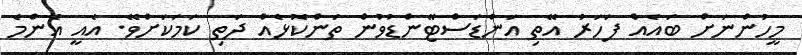
މީހުންނަށް ބައެއް ފަހަރު އޭތި އަންޑަސްޓޭންޑުވުން ތަންކޮޅެއް ދަތި ކަމަކަށްވޭ. އެއީ އެންމެ